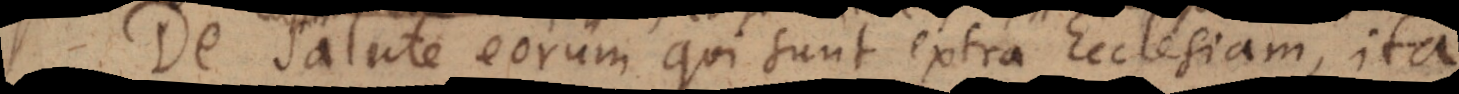
De salute eorum qui sunt extra Ecclesiam, ita